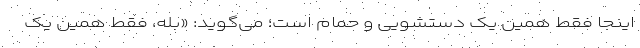
اینجا فقط همین یک دستشویی و حمام است؛ می‌گوید: «بله، فقط همین یک